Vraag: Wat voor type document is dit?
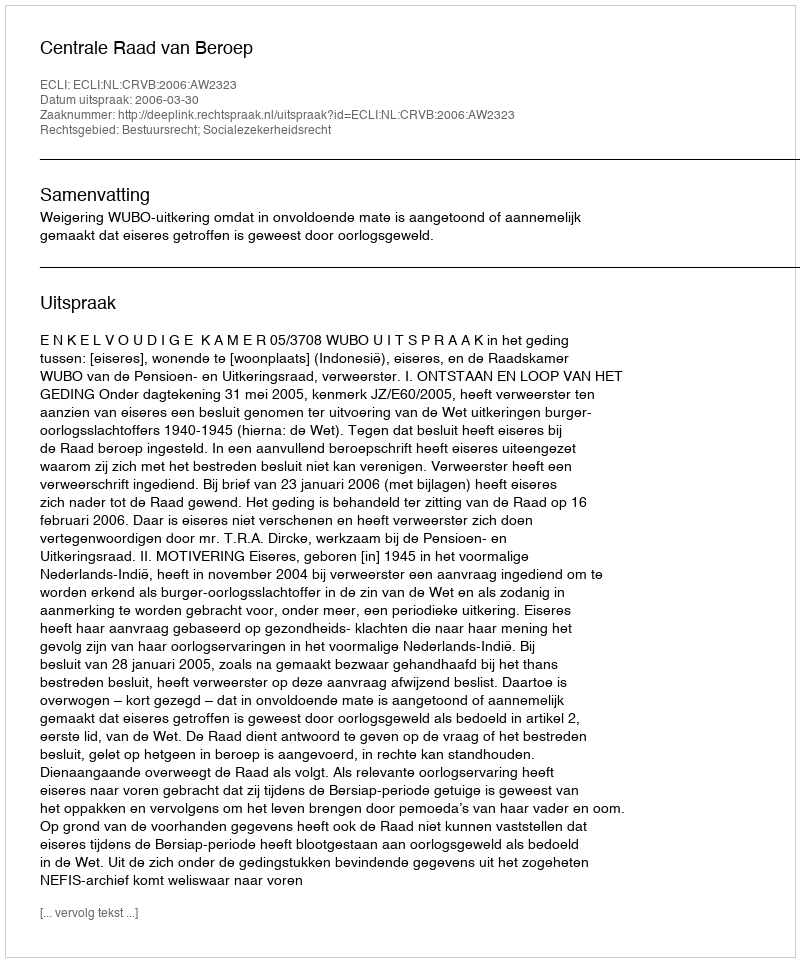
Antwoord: Uitspraak